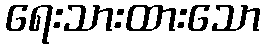
ရေးသားထားသော